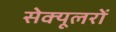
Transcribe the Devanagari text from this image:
सेक्यूलरों